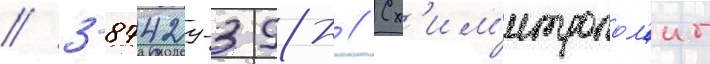
// 3-87429-398- // Сх'им'итропол'ит